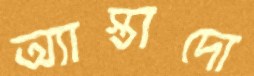
অ্যাস্তাদো